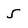
Character: 5